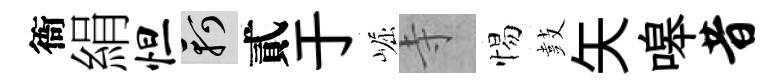
衙絹怛軻貳于崛寺惕鼓矢嗥昔